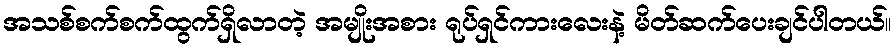
အသစ်စက်စက်ထွက်ရှိလာတဲ့ အမျိုးအစား ရုပ်ရှင်ကားလေးနဲ့ မိတ်ဆက်ပေးချင်ပါတယ်။